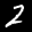
Label: 2